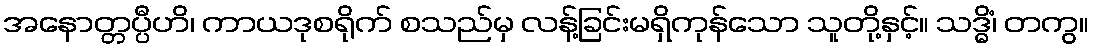
အနောတ္တပ္ပီဟိ၊ ကာယဒုစရိုက် စသည်မှ လန့်ခြင်းမရှိကုန်သော သူတို့နှင့်။ သဒ္ဓိံ၊ တကွ။